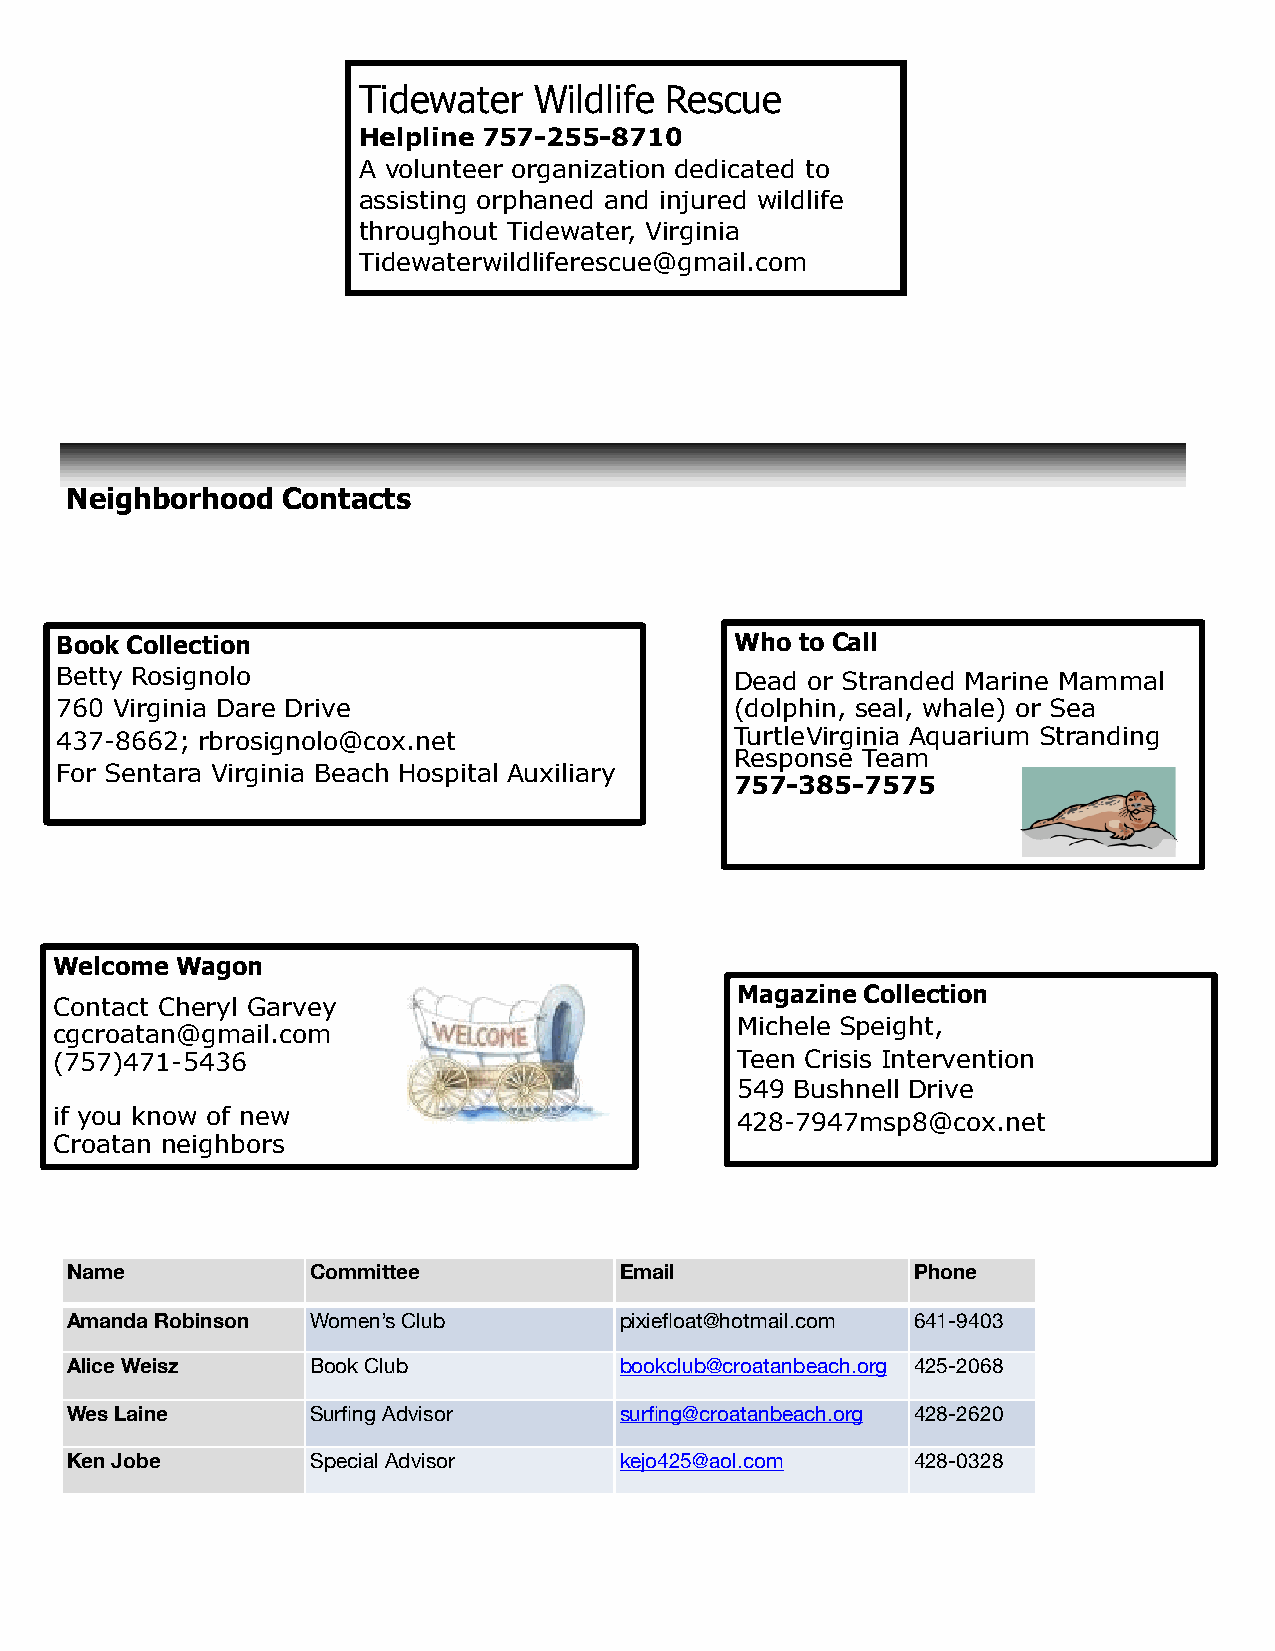
Tidewater  Wildlife Rescue
 Helpline 757-255-8710
 A volunteer organization dedicated to
 assisting orphaned and injured wildlife
 throughout Tidewater, Virginia
 Tidewaterwildliferescue@gmail.com
 Neighborhood   Contacts
 Book Collection                              Who to Call
 Betty Rosignolo                              Dead or Stranded Marine Mammal
 760 Virginia Dare Drive                      (dolphin, seal, whale) or Sea
 437-8662; rbrosignolo@cox.net                Turtle Virginia Aquarium Stranding
 Response Team
 For Sentara Virginia Beach Hospital Auxiliary
 757-385-7575
 Welcome Wagon
 Magazine Collection
 Contact Cheryl Garvey
 Michele Speight,
 cgcroatan@gmail.com
 (757)471-5436                                Teen Crisis Intervention
 549 Bushnell Drive
 if you know of new                           428-7947msp8@cox.net
 Croatan neighbors
 Name             Committee           Email               Phone
 Amanda Robinson  Women’s Club        pixiefloat@hotmail.com 641-9403
 Alice Weisz      Book Club           bookclub@croatanbeach.org 425-2068
 Wes Laine        Surfing Advisor     surfing@croatanbeach.org 428-2620
 Ken Jobe         Special Advisor     kejo425@aol.com     428-0328